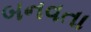
બનવતા